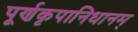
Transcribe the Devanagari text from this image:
पूर्णकृपानिधानम्